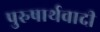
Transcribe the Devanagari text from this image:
पुरुषार्थवादी